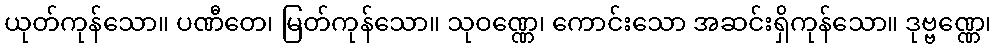
ယုတ်ကုန်သော။ ပဏီတေ၊ မြတ်ကုန်သော။ သုဝဏ္ဏေ၊ ကောင်းသော အဆင်းရှိကုန်သော။ ဒုဗ္ဗဏ္ဏေ၊